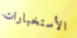
الأستخبارات